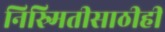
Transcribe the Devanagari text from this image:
निस्र्मितीसाठीही